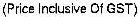
(PRICE INCLUSIVE OF GST)